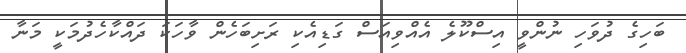
ބަހިގެ ދުވަހި ނުންވީ އިސްކޫލެ އެއްވިއަސް ގަޑިއެކި ރަށިބަހެން ވާހަކަ ދައްކާހެދުމަކީ މަނާ